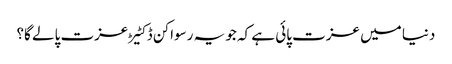
دنیا میں عزت پائی ہے کہ جو یہ رسواکن ڈکٹیڑ عزت پالے گا؟